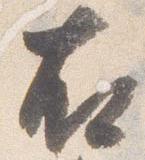
右